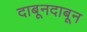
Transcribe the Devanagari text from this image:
दाबूनदाबून